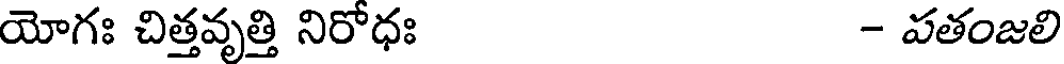
యోగః చిత్తవృత్తి నిరోధః - పతంజలి